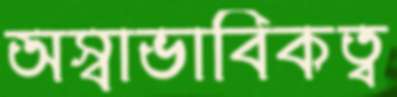
অস্বাভাবিকত্ব